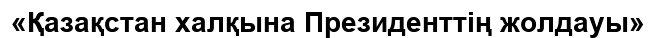
«Қазақстан халқына Президенттің жолдауы»